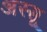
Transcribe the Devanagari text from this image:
अस्सू